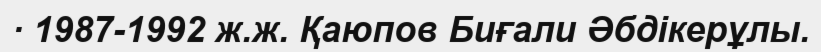
· 1987-1992 ж.ж. Қаюпов Биғали Әбдікерұлы.